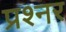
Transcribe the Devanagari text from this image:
प्रश्नर